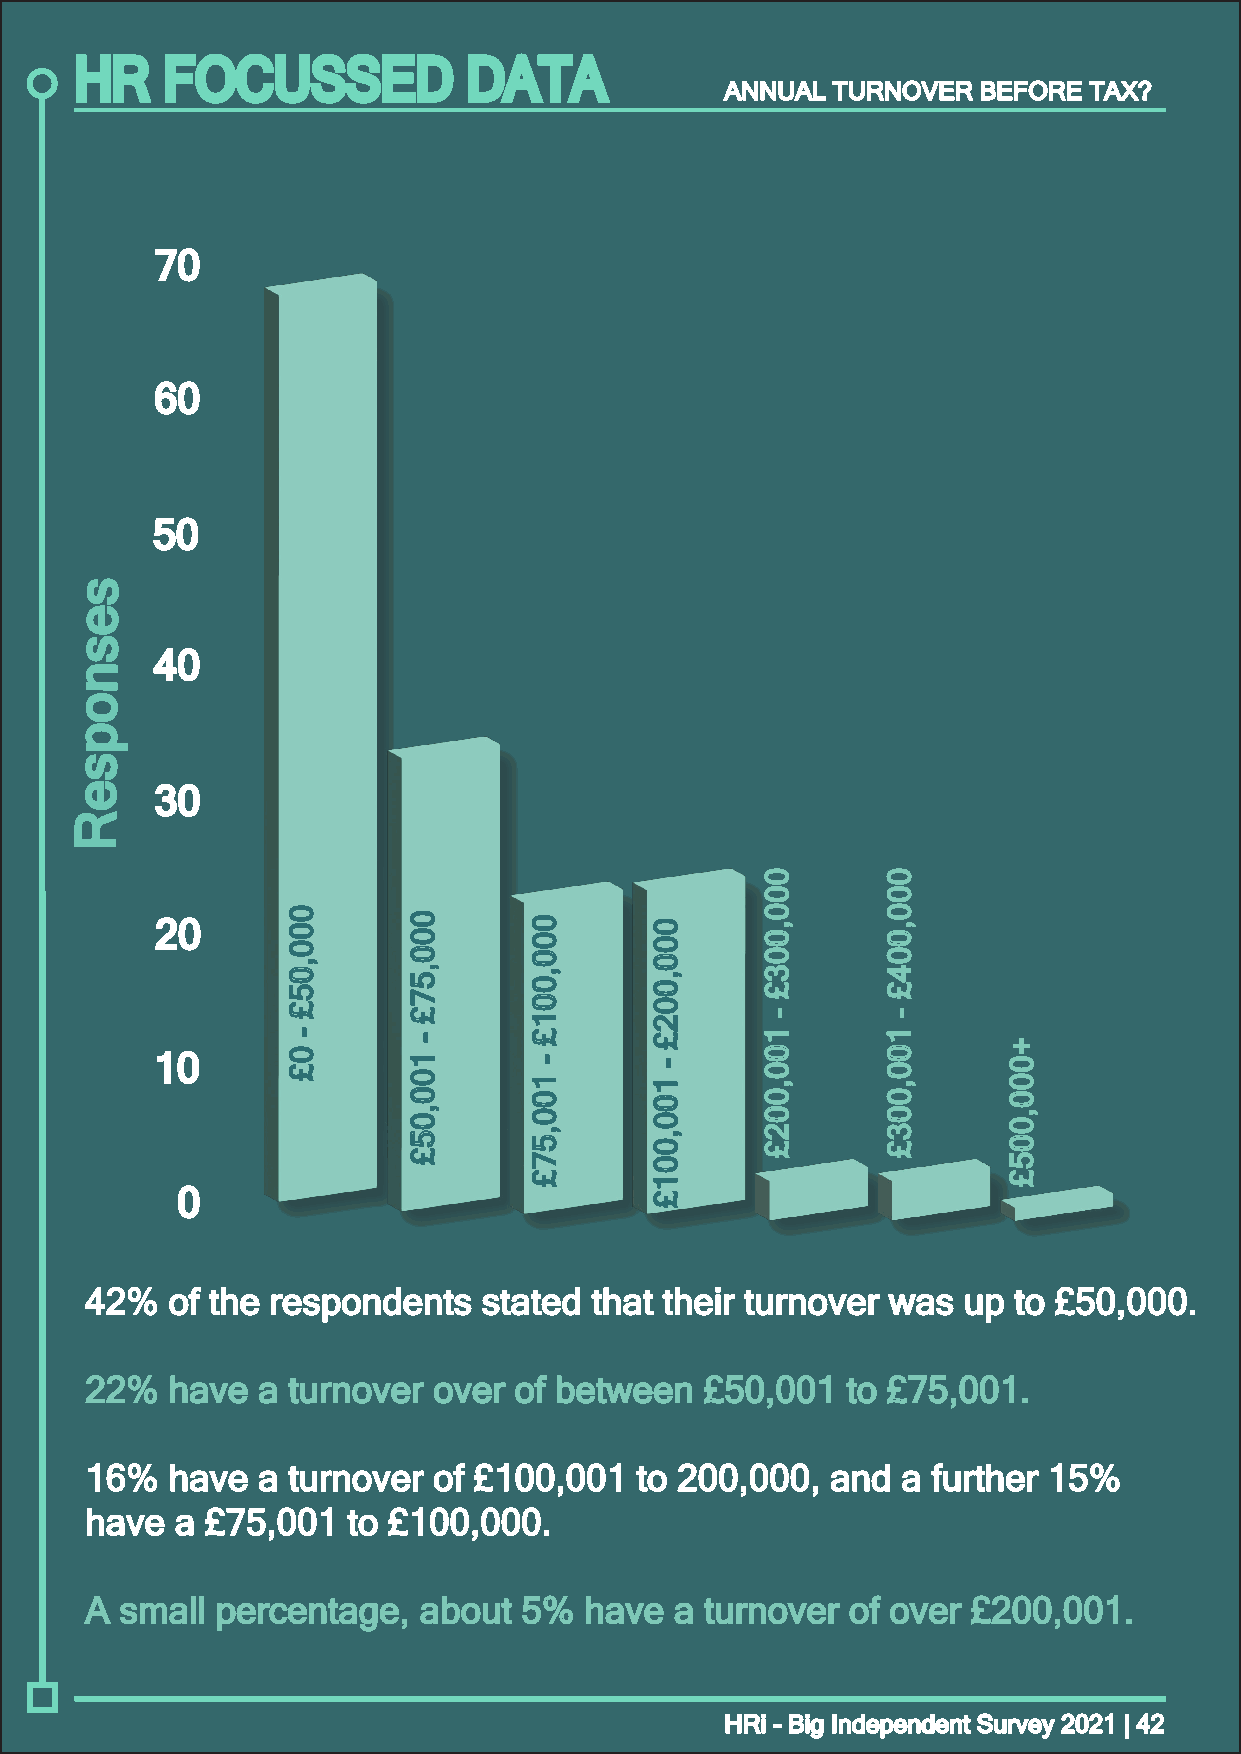
HR    FOCUSSED            DATA
 AANNNNUUAALL TTUURRNNOOVVEERR BBEEFFOORREE TTAAXX??
 7700
 6600
 5500
 ss
 ee
 ss
 4400
 nn
 oo
 pp
 ss
 ee   3300
 RR
 2200
 1100
 00
 4422%% ooff tthhee rreessppoonnddeennttss ssttaatteedd tthhaatt tthheeiirr ttuurrnnoovveerr wwaass uupp ttoo ££5500,,000000..
 2222%% hhaavvee aa ttuurrnnoovveerr oovveerr ooff bbeettwweeeenn ££5500,,000011 ttoo ££7755,,000011..
 1166%% hhaavvee aa ttuurrnnoovveerr ooff ££110000,,000011 ttoo 220000,,000000,, aanndd aa ffuurrtthheerr 1155%%
 hhaavvee aa ££7755,,000011 ttoo ££110000,,000000..
 AA ssmmaallll ppeerrcceennttaaggee,, aabboouutt 55%% hhaavvee aa ttuurrnnoovveerr ooff oovveerr ££220000,,000011..
 HHRRii -- BBiigg IInnddeeppeennddeenntt SSuurrvveeyy 22002211 || 4422
 000000,,0055££
 --
 00££
 000000,,5577££
 --
 110000,,0055££
 000000,,000011££
 --
 110000,,5577££
 000000,,000022££
 --
 110000,,000011££
 000000,,000033££
 --
 110000,,000022££
 000000,,000044££
 --
 110000,,000033££ ++000000,,000055££